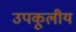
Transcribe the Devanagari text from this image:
उपकूलीय